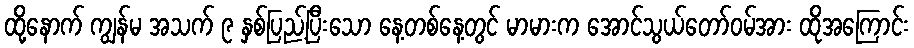
ထို့နောက် ကျွန်မ အသက် ၉ နှစ်ပြည့်ပြီးသော နေ့တစ်နေ့တွင် မာမားက အောင်သွယ်တော်ဝမ်အား ထိုအကြောင်း